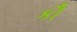
કૌ